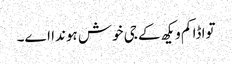
تواڈا کم ویکھ کے جی خوش ہوندا اے۔